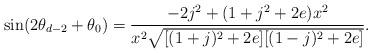
LaTeX: \begin{align*}\sin(2\theta_{d-2}+\theta_0)=\frac{-2j^2+(1+j^2+2e)x^2}{x^2\sqrt{[(1+j)^2+2e][(1-j)^2+2e] }}.\end{align*}